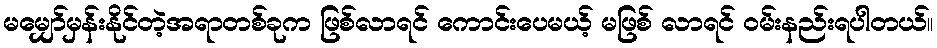
မမျှော်မှန်းနိုင်တဲ့အရာတစ်ခုက ဖြစ်လာရင် ကောင်းပေမယ့် မဖြစ် လာရင် ဝမ်းနည်းရပါတယ်။